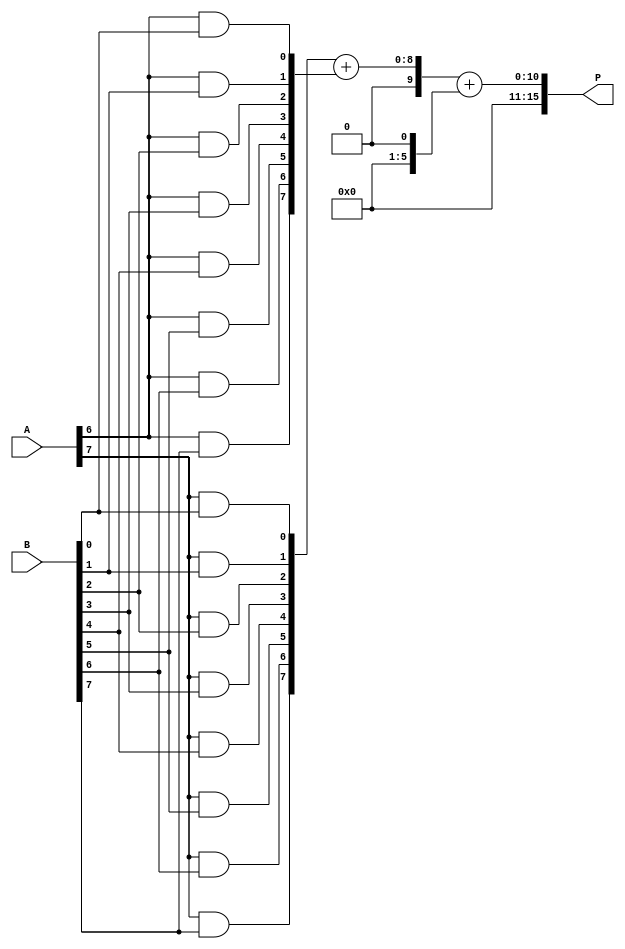
module scalable_wallace_tree_multiplier #(parameter N = 8) (
    input [N-1:0] A,
    input [N-1:0] B,
    output reg [2*N-1:0] P
);

    // Generate partial products
    wire [N-1:0] pp [N-1:0]; // Partial products
    genvar i, j;
    generate
        for (i = 0; i < N; i = i + 1) begin : pp_gen
            for (j = 0; j < N; j = j + 1) begin : pp_bit
                assign pp[i][j] = A[i] & B[j];
            end
        end
    endgenerate

    // Wallace tree reduction
    wire [N+1:0] sum [N-1:0]; // Sums at each level
    wire [N-1:0] carry [N-1:0]; // Carries at each level

    // Initial stage: direct assignment of partial products
    assign sum[0] = {1'b0, pp[0]};
    generate
        for (i = 1; i < N; i = i + 1) begin : reduction_stage
            if (i < N-1) begin
                assign sum[i] = {1'b0, pp[i]} + {1'b0, pp[i-1]} + {1'b0, pp[i-2]};
                assign carry[i] = (pp[i][0] & pp[i-1][0]) | (pp[i][0] & pp[i-2][0]) | (pp[i-1][0] & pp[i-2][0]);
            end else begin
                assign sum[i] = {1'b0, pp[i]} + {1'b0, pp[i-1]};
            end
        end
    endgenerate

    // Final addition stage
    wire [2*N-1:0] final_sum;
    wire [2*N-1:0] final_carry;

    assign final_sum = sum[N-1] + carry[N-1];

    always @(*) begin
        P = final_sum;
    end

endmodule